King Institute of Preventive Medicine Micro-Biological Section reports 1909-11
Year: 1909
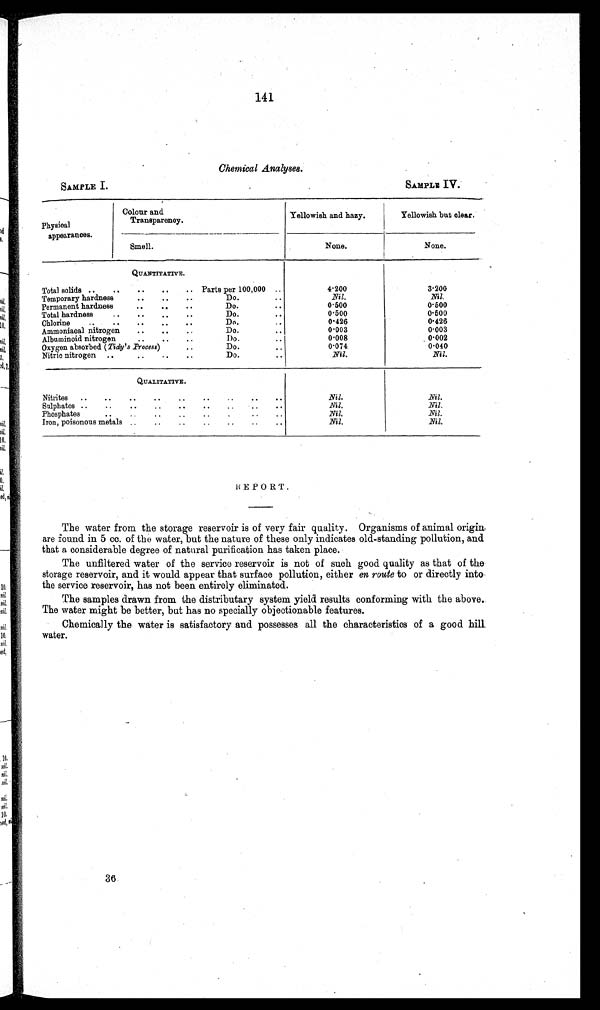
SAMPLE I.
SAMPLE IV.
141
Chemical Analyses.
Physical
appearances.
Colour and
Transparency.
Yellowish and hazy.
Yellowish but clear,
Smell.
None.
None.
QUANTITATIVE.
Total solids ..
..
..
..
.. Parts per 100,000 ..
4·200
3·206
Temporary hardness
..
..
..
Do.
..
Nil.
Nil.
Permanent hardness
..
..
Do.
..
0·500
0·500
Total hardness
. . . .
Do.
..
0·500
0·500
Chlorine
..
..
..
Do.
0·426
0·426
Ammoniacal nitrogen
..
..
..
Do.
.
0·003
0.003
Albuminoid nitrogen
..
..
..
Do.. .
0·008
0·002
Oxygen absorbed (Tidy's Process)..
..
0·074
0·040
Nitric nitrogen ..
. .
. .
. .
Do.
. .
Nil.
Nil.
QUALITATIVE.
Nitrites ..
..
..
..
..
..
..
..
..
Nil.
Nil.
Sulphates ..
..
..
..
. .
. .
. .
. .
Nil.
Nil.
Phosphates
..
..
..
..
..
..
Nil.
Nil.
Iron, poisonous metals ..
..
..
..
..
..
Nil.
Nil.
REPORT.
The water from the storage reservoir is of very fair quality. Organisms of animal origin,
are found in 5 cc. of the water, but the nature of these only indicates old-standing pollution, and
that a considerable degree of natural purification has taken place.
The unfiltered water of the service reservoir is not of such good quality as that of the
storage reservoir, and it would appear that surface pollution, either en route to or directly into
the service reservoir, has not been entirely eliminated.
The samples drawn from the distributary system yield results conforming with the above.
The water might be better, but has no specially objectionable features.
Chemically the water is satisfactory and possesses all the characteristics of a good hill
water.